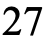
27